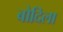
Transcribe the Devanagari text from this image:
बोदिला